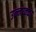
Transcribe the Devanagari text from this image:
उन्नय्क्का